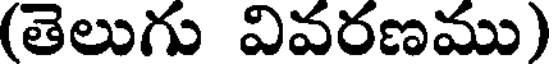
(తెలుగు వివరణము)